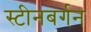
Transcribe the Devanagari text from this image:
स्टीनबर्गन